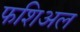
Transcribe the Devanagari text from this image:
फशिअल